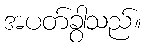
အပတ်ခွာသည်။